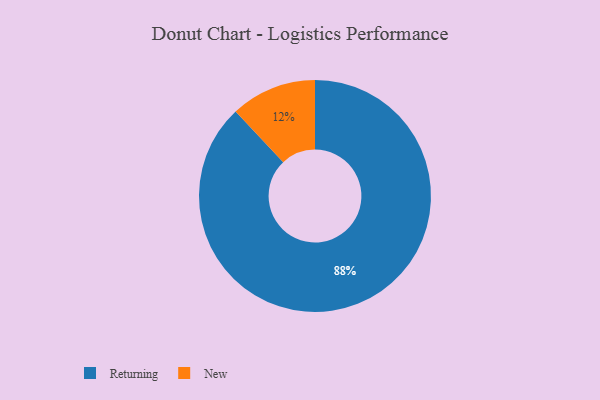
{"axis": {"x": "Category", "y": "Percentage"}, "legend": ["New", "Returning"], "data": [{"x": "Returning", "y": 88, "type": "Returning"}, {"x": "New", "y": 12, "type": "New"}]}